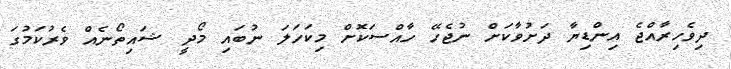
ދިވެހިރާއްޖެ އިންޑިޔާ ދަށުވާކަށް ނުޖެހޭ ހާއްސަކޮށް މިކަހަލަ ނުބައި މޯދީ ޝައިތޯނެއް ވެރުކަމުގަ